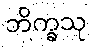
ဘိက္ခသု